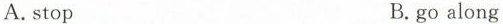
A.stop B.go along